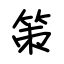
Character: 策